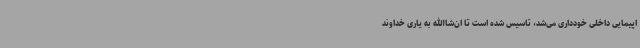
اپیمایی داخلی خودداری می‌شد، تاسیس شده است تا ان‌شاالله به یاری خداوند